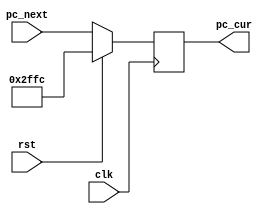
`timescale 1ns / 1ps

module PC(
input [31:0] pc_next,
input clk, rst,
output reg [31:0] pc_cur
);
always @(posedge clk) begin
    if(rst) pc_cur<=32'h2ffc;   //
    else 
    pc_cur<=pc_next;
end
// initial begin
//     pc_cur<=32'h2ffc;
// end
endmodule